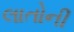
લાતોની